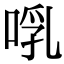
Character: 啂